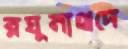
রঘুনাথদে